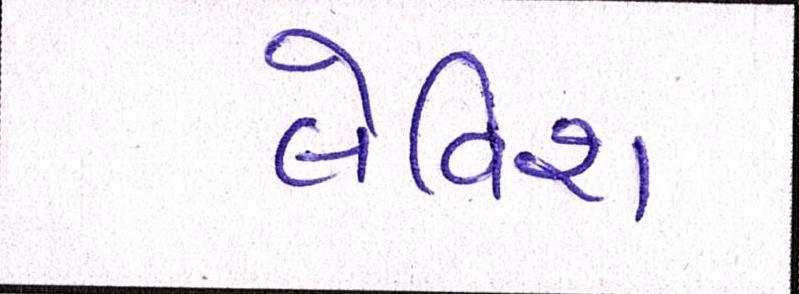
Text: લેવિશ